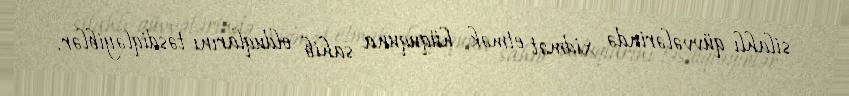
silahlı qüvvələrində xidmət etmək hüququna sahib olduqlarını təsdiqləyiblər.